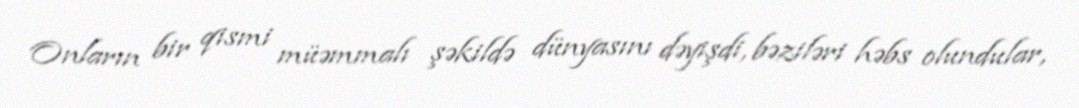
Onların bir qismi müəmmalı şəkildə dünyasını dəyişdi, bəziləri həbs olundular,